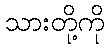
သားတို့ကို